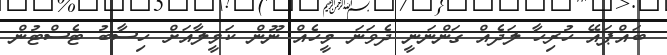
ބައްޕައޭ ހުރިހާ ލަދެއް ގަންނަނީ ދެވަނަ މީހެއް ނޫން ކަމީލާއަށް ހިސާބު ޓެސްޓުން